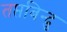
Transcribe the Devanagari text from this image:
तप्तबिन्दु